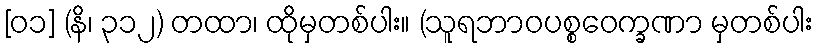
[၀၁] (နိ၊ ၃၁၂) တထာ၊ ထိုမှတစ်ပါး။ (သူရဘာဝပစ္စဝေက္ခဏာ မှတစ်ပါး